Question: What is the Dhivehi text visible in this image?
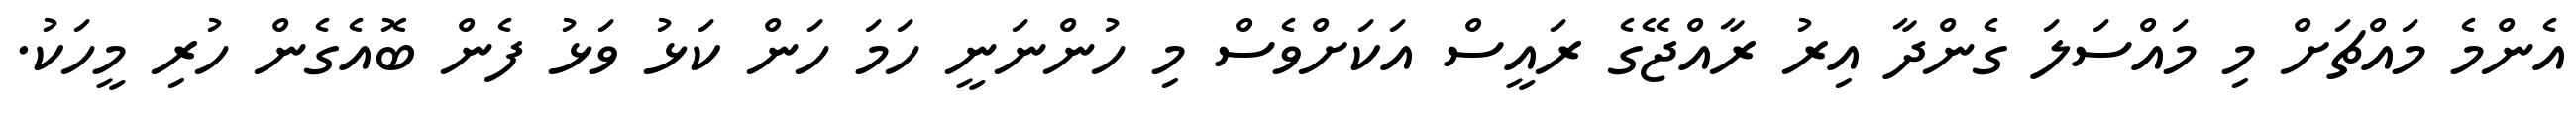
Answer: އެންމެ މައްޗަށް މި މައްސަލަ ގެންދާ އިރު ރާއްޖޭގެ ރައީސް އަކަށްވެސް މި ހުންނަނީ ހަމަ ހަން ކަޅު ވަޅު ފެން ބޮއެގެން ހުރި މީހަކު.